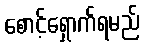
စောင့်ရှောက်ရမည်